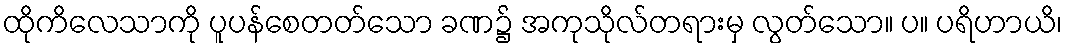
ထိုကိလေသာကို ပူပန်စေတတ်သော ခဏ၌ အကုသိုလ်တရားမှ လွတ်သော။ ပ။ ပရိဟာယိ၊